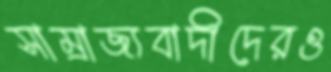
সাম্রাজ্যবাদীদেরও